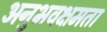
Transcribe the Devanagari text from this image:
अनुभवक्षमता